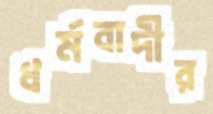
ধর্মবাদীর